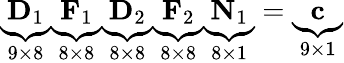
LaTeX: \underbrace{\mathbf{D}_{1}}_{9\times 8}\underbrace{\mathbf{F}_{1}}_{8\times 8}\underbrace{\mathbf{D}_{2}}_{8\times 8}\underbrace{\mathbf{F}_{2}}_{8\times 8}\underbrace{\mathbf{N}_{1}}_{8\times 1}=\underbrace{\mathbf{c}}_{9\times 1}